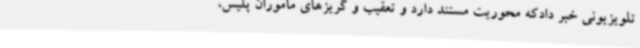
تلویزیونی خبر دادکه محوریت مستند دارد و تعقیب و گریزهای ماموران پلیس،